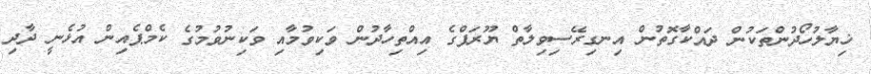
ޚިޔާލުހޯދުންތަކުން ދައްކާގޮތުން އިނގިރޭސިވިލާތް ޔޫރަޕްގެ އިއްތިހާދުން ވަކިވުމާއި ވަކިނުވުމުގެ ކެމްޕެއިން އުޅެނީ ދާދި